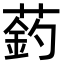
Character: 䔙